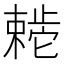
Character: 𬆊